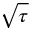
\sqrt { \tau }